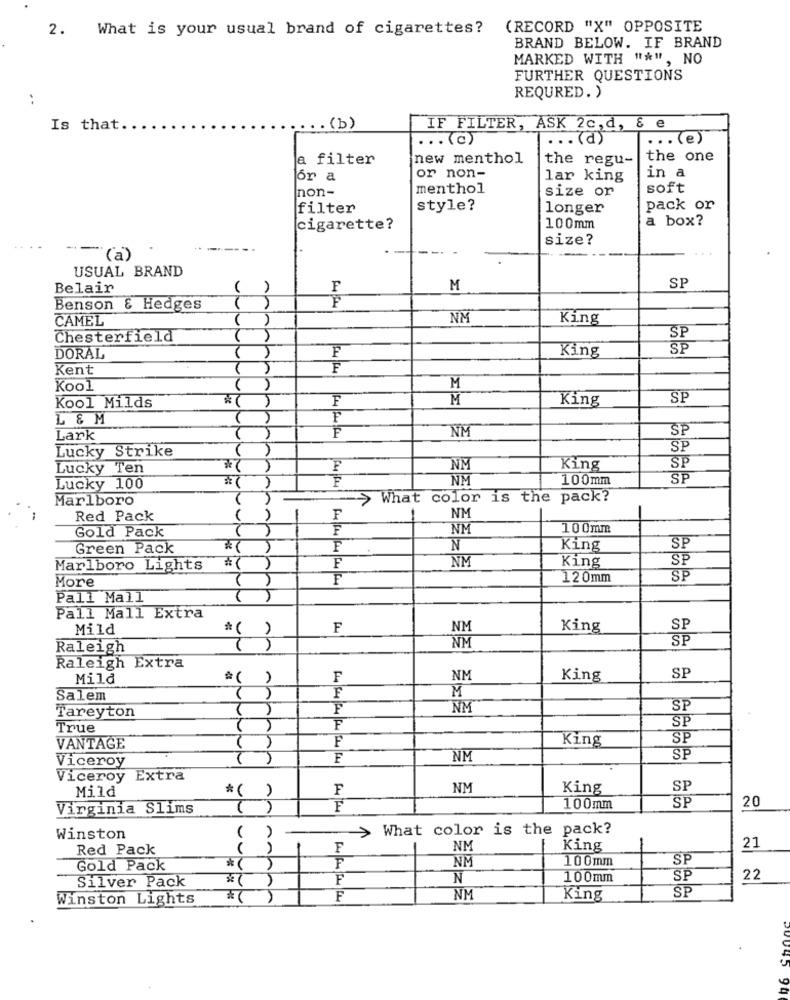
2. What is your usual brand of cigarettes?
(RECORD "X" OPPOSITE
BRAND BELOW. IF BRAND
MARKED WITH "*", NO
FURTHER QUESTIONS
REQURED. )
Is that ..
... (b)
IF FILTER, ASK 2c, d, & e
... (C)
... (d)
... (e)
a filter
new menthol
the regu-
the one
or a
or non-
lar king
in a
non-
menthol
size or
soft
filter
style?
longer
pack or
a box?
cigarette?
100mm
size?
-----
(a)
USUAL BRAND
Belair
F
M
SP
Benson & Hedges
CAMEL
()
NM
King
Chesterfield
()
SP
SP
DORAL
F
King
Kent
F
Kool
M
Kool Milds
* ( )
F
M
King
SP
L & M
()
F
SP
Lark
NM
Lucky Strike
SP
SP
Lucky Ten
*( )
F
NM
King
NM
100mm
SP
Lucky 100
()
Marlboro
-> What color is the pack?
NM
Red Pack
F
NM
100mm
Gold Pack
Green Pack
* ( )
N
King
SP
NM
SP
Marlboro Lights
*()
F
King
More
F
120mm
SP
Pall Mall
Pall Mall Extra
Mild
*()
F
NM
King
SP
SP
Raleigh
NM
Raleigh Extra
Mila
F
NM
King
SP
F
M
Salem
Tareyton
F
NM
SP
SP
True
F
F
King
SP
VANTAGE
Viceroy
F
NM
SP
Viceroy Extra
Mild
F
NM
King
SP
*( )
Virginia Slims
F
100mm
SP
20
What color is the pack?
Winston
( )
Red Pack
F
NM
-
King
21
NM
100mm
SP
Gold Pack
F
Silver Pack
F
N
100mm
SP
22
* ( )
SP
Winston Lights
* ()
F
NM
King
94